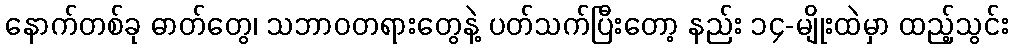
နောက်တစ်ခု ဓာတ်တွေ၊ သဘာဝတရားတွေနဲ့ ပတ်သက်ပြီးတော့ နည်း ၁၄-မျိုးထဲမှာ ထည့်သွင်း